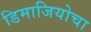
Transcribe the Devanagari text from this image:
डिमाजियोचा